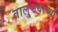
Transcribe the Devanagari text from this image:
तालु्नयाच्या